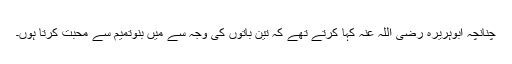
چنانچہ ابوہریرہ رضی اللہ عنہ کہا کرتے تھے کہ تین باتوں کی وجہ سے میں بنوتمیم سے محبت کرتا ہوں۔